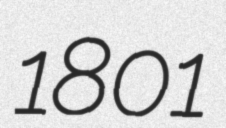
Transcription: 1801